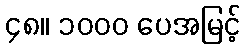
၄၈။ ၁၀၀၀ ပေအမြင့်